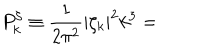
P _ { k } ^ { \zeta } \equiv \frac { 1 } { 2 \pi ^ { 2 } } \left| \zeta _ { k } \right| ^ { 2 } k ^ { 3 } =